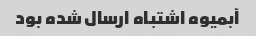
آبمیوه اشتباه ارسال شده بود